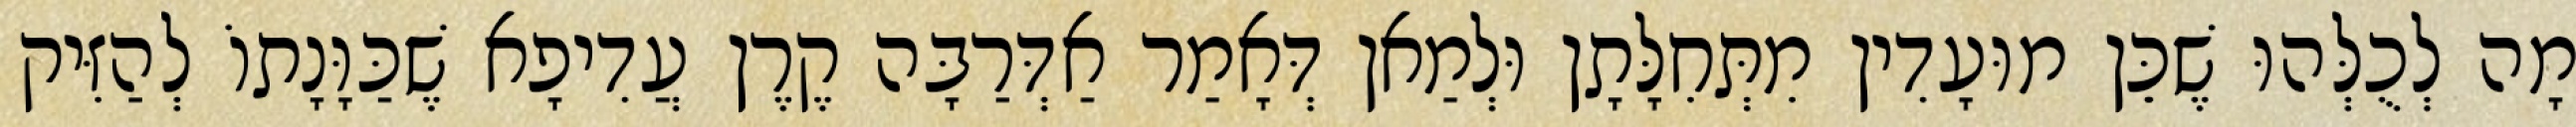
מָה לְכֻלְּהוּ שֶׁכֵּן מוּעָדִין מִתְּחִלָּתָן וּלְמַאן דְּאָמַר אַדְּרַבָּה קֶרֶן עֲדִיפָא שֶׁכַּוָּנָתוֹ לְהַזִּיק